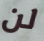
لن